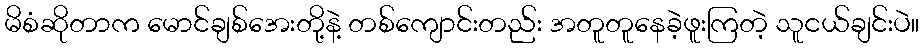
မိစံဆိုတာက မောင်ချစ်အေးတို့နဲ့ တစ်ကျောင်းတည်း အတူတူနေခဲ့ဖူးကြတဲ့ သူငယ်ချင်းပဲ။